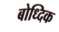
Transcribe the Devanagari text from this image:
बोध्दिक